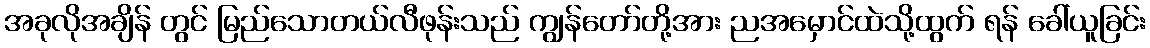
အခုလိုအချိန် တွင် မြည်သောတယ်လီဖုန်းသည် ကျွန်တော်တို့အား ညအမှောင်ထဲသို့ထွက် ရန် ခေါ်ယူခြင်း